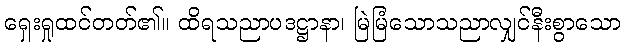
ရှေးရှုထင်တတ်၏။ ထိရသညာပဒဋ္ဌာနာ၊ မြဲမြံသောသညာလျှင်နီးစွာသော